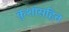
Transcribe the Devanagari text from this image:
कुशांसहित